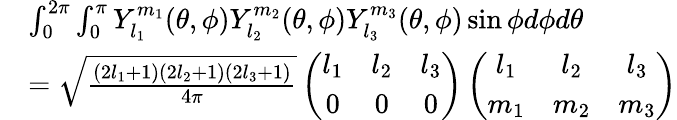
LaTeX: \begin{array}{rl}&{\int_{0}^{2\pi}\int_{0}^{\pi}Y_{l_{1}}^{m_{1}}(\theta,\phi)Y_{l_{2}}^{m_{2}}(\theta,\phi)Y_{l_{3}}^{m_{3}}(\theta,\phi)\sin\phi d\phi d\theta}\\ &{=\sqrt{\frac{\left(2l_{1}+1\right)\left(2l_{2}+1\right)\left(2l_{3}+1\right)}{4\pi}}\left(\begin{array}{ccc}{l_{1}}&{l_{2}}&{l_{3}}\\ {0}&{0}&{0}\end{array}\right)\left(\begin{array}{ccc}{l_{1}}&{l_{2}}&{l_{3}}\\ {m_{1}}&{m_{2}}&{m_{3}}\end{array}\right)}\end{array}